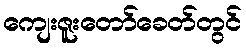
ကျေးဇူးတော်ခေတ်တွင်